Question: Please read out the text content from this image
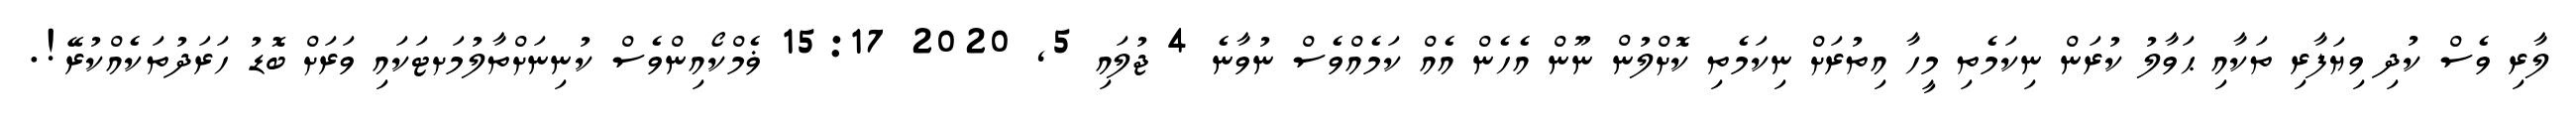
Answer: ލާރި ވެސް ކުދި ވިޔަފާރި ތަކާއި ޙަވާލު ކުރަން ނިކަމެތި މީހާ އިތުރަށް ނިކަމެތި ކޮށްލުން ނޫން އެހެން އެއް ކަމެއްވެސް ނުވާނެ 4 ޖުލައި 5, 2020 15:17 ޥެމްކޯއިންވެސް ކުނިނަށްތާލުމަށޓަކައި ވަރަށް ބޮޑު ހަރަދުތަކެއްކުރޭ!.